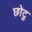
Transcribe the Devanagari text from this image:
छोटु